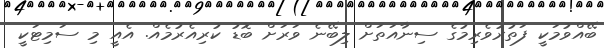
ބޭއްވުމަކީ ފަތުރުވެރިމުގެ ސިނާއަތަށް ލިބޭނެ ވަރަށް ބޮޑު ކުރިއެރުމެއް. އެއީ މި ސަމިޓަކީ